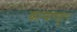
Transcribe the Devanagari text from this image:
कल्याणहुन